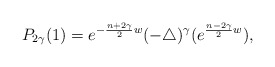
\begin{align*} P_{2\gamma}(1)=e^{-\frac{n+2\gamma}{2}w}(-\triangle)^{\gamma}(e^{\frac{n-2\gamma}{2}w}),\end{align*}